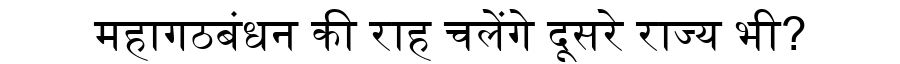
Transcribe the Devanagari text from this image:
महागठबंधन की राह चलेंगे दूसरे राज्य भी?